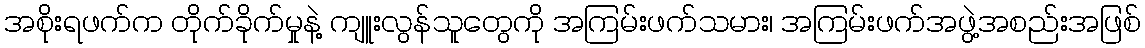
အစိုးရဖက်က တိုက်ခိုက်မှုနဲ့ ကျူးလွန်သူတွေကို အကြမ်းဖက်သမား၊ အကြမ်းဖက်အဖွဲ့အစည်းအဖြစ်